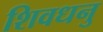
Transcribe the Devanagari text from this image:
शिवधनु